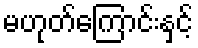
မဟုတ်ကြောင်းနှင့်